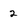
Character: 2